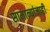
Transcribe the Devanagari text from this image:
सामान्यांनाही